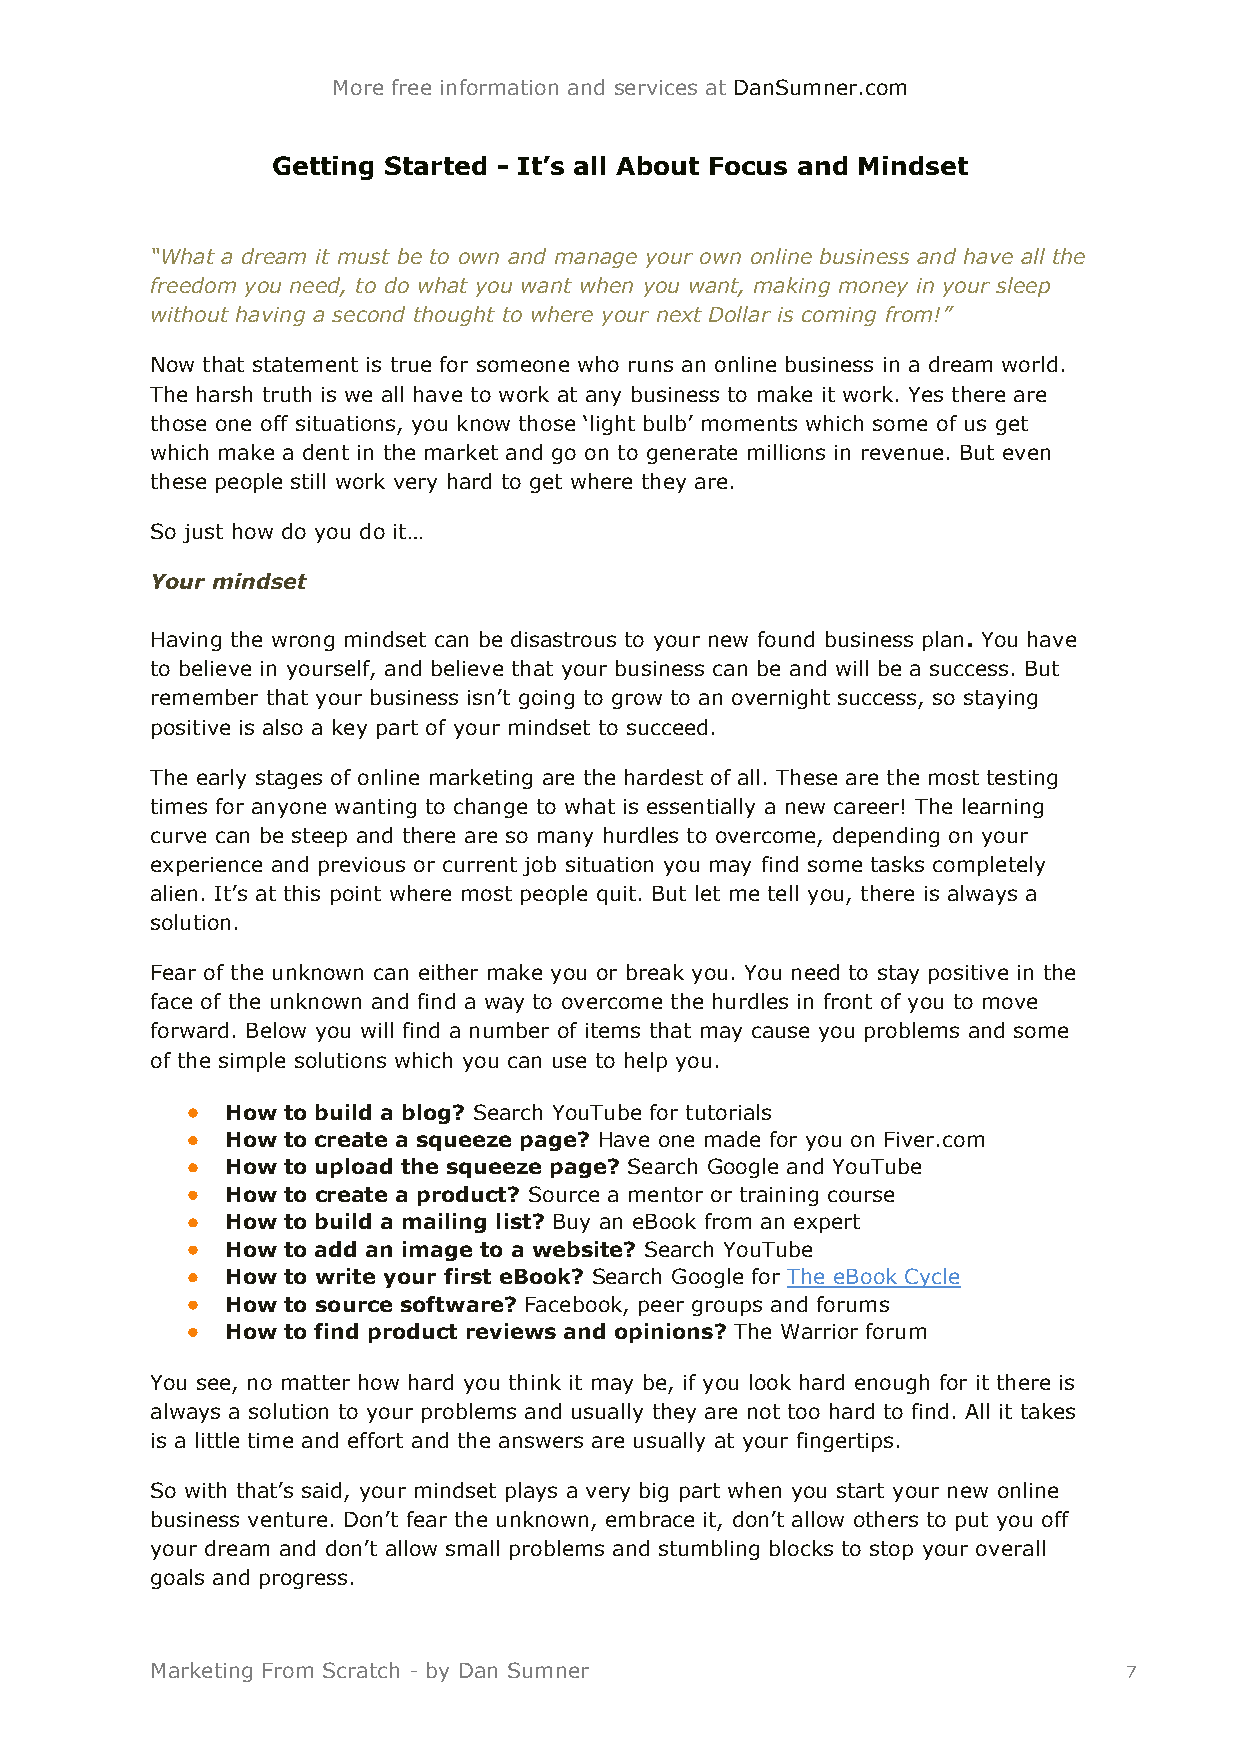
More free information and services at DanSumner.com
 Getting Started - It’s all About Focus and Mindset
 “What a dream it must be to own and manage your own online business and have all the
 freedom you need, to do what you want when you want, making money in your sleep
 without having a second thought to where your next Dollar is coming from!”
 Now that statement is true for someone who runs an online business in a dream world.
 The harsh truth is we all have to work at any business to make it work. Yes there are
 those one off situations, you know those ‘light bulb’ moments which some of us get
 which make a dent in the market and go on to generate millions in revenue. But even
 these people still work very hard to get where they are.
 So just how do you do it…
 Your mindset
 Having the wrong mindset can be disastrous to your new found business plan. You have
 to believe in yourself, and believe that your business can be and will be a success. But
 remember that your business isn’t going to grow to an overnight success, so staying
 positive is also a key part of your mindset to succeed.
 The early stages of online marketing are the hardest of all. These are the most testing
 times for anyone wanting to change to what is essentially a new career! The learning
 curve can be steep and there are so many hurdles to overcome, depending on your
 experience and previous or current job situation you may find some tasks completely
 alien. It’s at this point where most people quit. But let me tell you, there is always a
 solution.
 Fear of the unknown can either make you or break you. You need to stay positive in the
 face of the unknown and find a way to overcome the hurdles in front of you to move
 forward. Below you will find a number of items that may cause you problems and some
 of the simple solutions which you can use to help you.
   How to build a blog? Search YouTube for tutorials
   How to create a squeeze page? Have one made for you on Fiver.com
   How to upload the squeeze page? Search Google and YouTube
   How to create a product? Source a mentor or training course
   How to build a mailing list? Buy an eBook from an expert
   How to add an image to a website? Search YouTube
   How to write your first eBook? Search Google for The eBook Cycle
   How to source software? Facebook, peer groups and forums
   How to find product reviews and opinions? The Warrior forum
 You see, no matter how hard you think it may be, if you look hard enough for it there is
 always a solution to your problems and usually they are not too hard to find. All it takes
 is a little time and effort and the answers are usually at your fingertips.
 So with that’s said, your mindset plays a very big part when you start your new online
 business venture. Don’t fear the unknown, embrace it, don’t allow others to put you off
 your dream and don’t allow small problems and stumbling blocks to stop your overall
 goals and progress.
 Marketing From Scratch - by Dan Sumner                          7